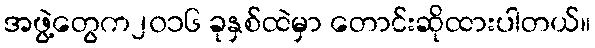
အဖွဲ့တွေက၂၀၁၆ ခုနှစ်ထဲမှာ တောင်းဆိုထားပါတယ်။